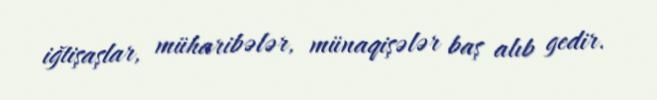
iğtişaşlar, müharibələr, münaqişələr baş alıb gedir.